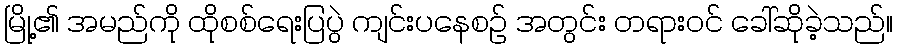
မြို့၏ အမည်ကို ထိုစစ်ရေးပြပွဲ ကျင်းပနေစဉ် အတွင်း တရားဝင် ခေါ်ဆိုခဲ့သည်။